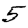
Digit: 5